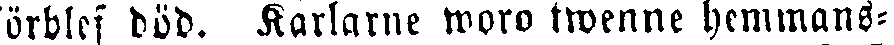
förblef död. Karlarne woro twenne hemmans-